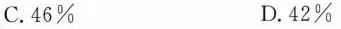
C. 46% D. 42%